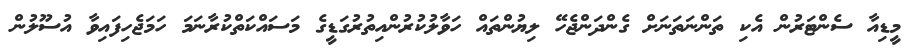
މީޑިއާ ސެންޓަރުން އެކި ތަންނަތަނަށް ގެންދަންޖެހޭ ލިޔުންތައް ހަވާލުކުރުންއިތުރުގަޑީގެ މަސައްކަތްކުރާނަމަ ހަމަޖެހިފައިވާ އުސޫލުން